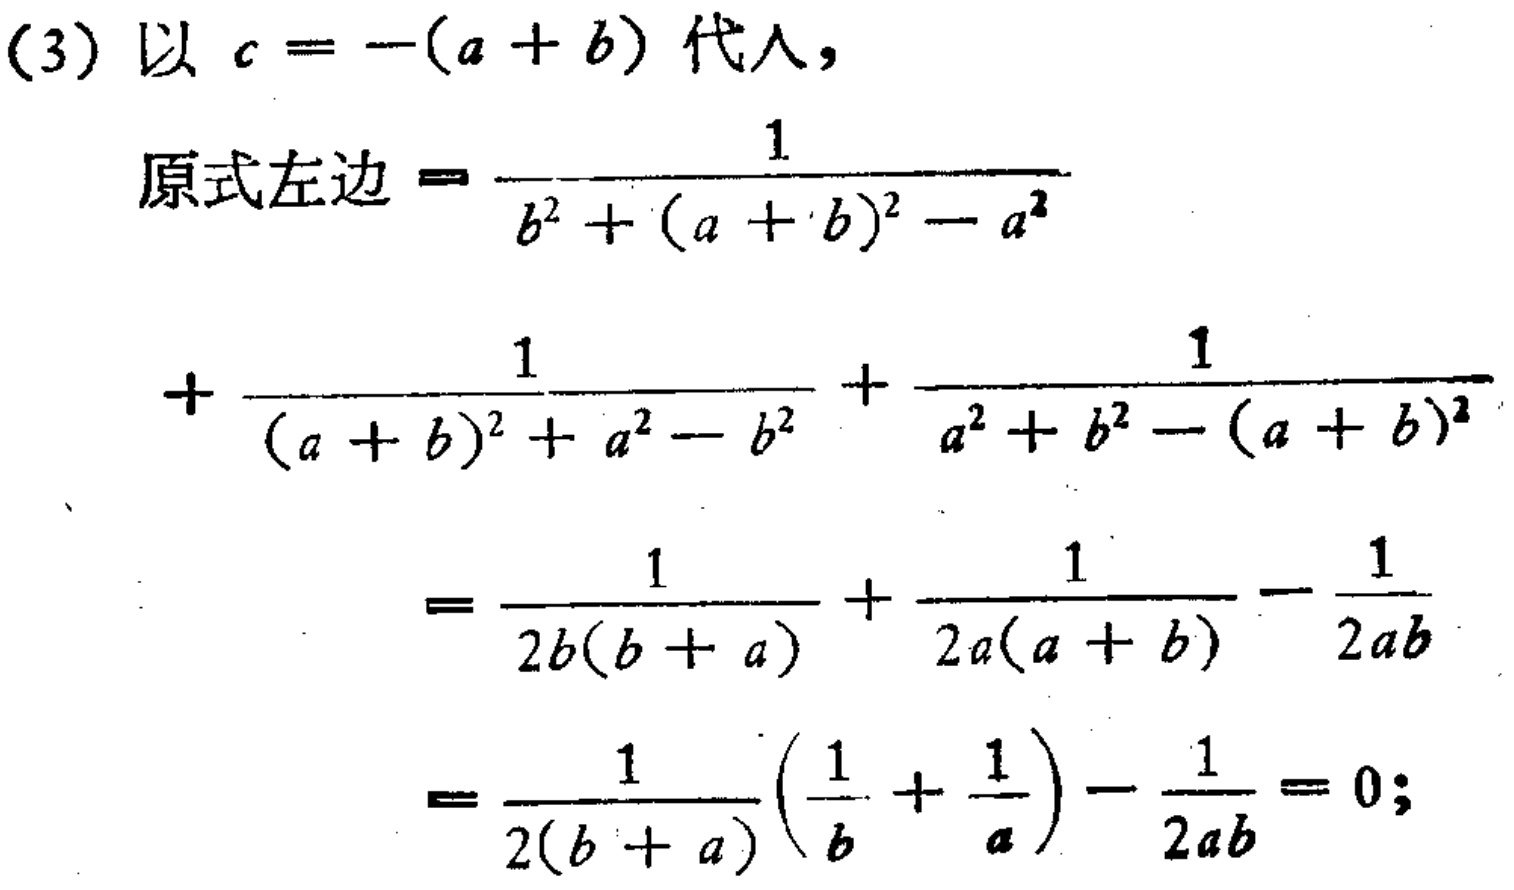
(3) 以 \(c = -(a + b)\) 代入，
原式左边 \(=\frac{1}{b^{2}+(a + b)^{2}-a^{2}}\)
\(+\frac{1}{(a + b)^{2}+a^{2}-b^{2}}+\frac{1}{a^{2}+b^{2}-(a + b)^{2}}\)
\(=\frac{1}{2b(b + a)}+\frac{1}{2a(a + b)}-\frac{1}{2ab}\)
\(=\frac{1}{2(b + a)}(\frac{1}{b}+\frac{1}{a})-\frac{1}{2ab}=0;\)